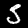
Digit: 5